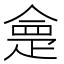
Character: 𭼂